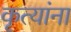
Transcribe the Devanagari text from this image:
कृत्यांना